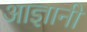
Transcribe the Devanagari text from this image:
आज्ञानी